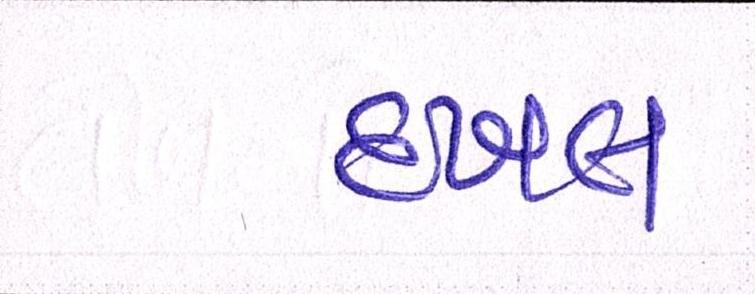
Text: દખલ